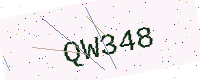
Text: QW348